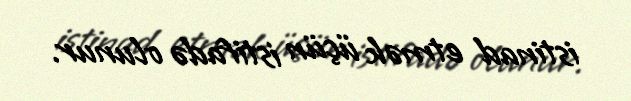
istinad etmək üçün istifadə olunur.